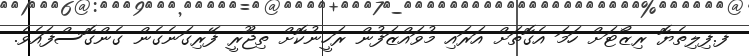
ފ.ފިލިތެޔޮ ރިޒޯޓަށް ހަމަ އެގޮތަށް އަރައި މުވައްޒަފުން ރަހީނުކޮށް ތިޖޫރީ ފޭރިގަނެގެން ގެންގޮސްފައެވެ.